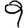
Digit: 9